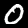
Label: 0